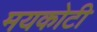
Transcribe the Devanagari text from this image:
मयकोटी